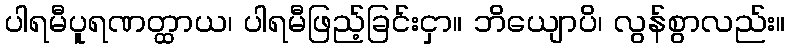
ပါရမီပူရဏတ္ထာယ၊ ပါရမီဖြည့်ခြင်းငှာ။ ဘိယျောပိ၊ လွန်စွာလည်း။